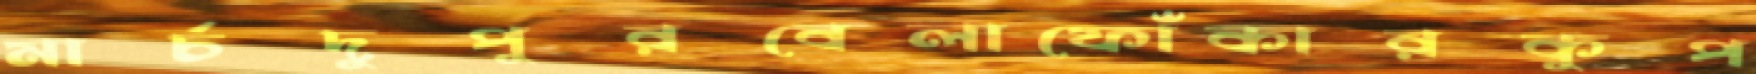
মার্চদুপুরবেলাফোঁকারকুপ